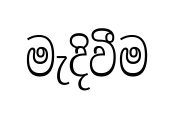
මැදිවීම